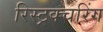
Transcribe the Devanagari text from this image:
रिस्ट्रक्चरिंग